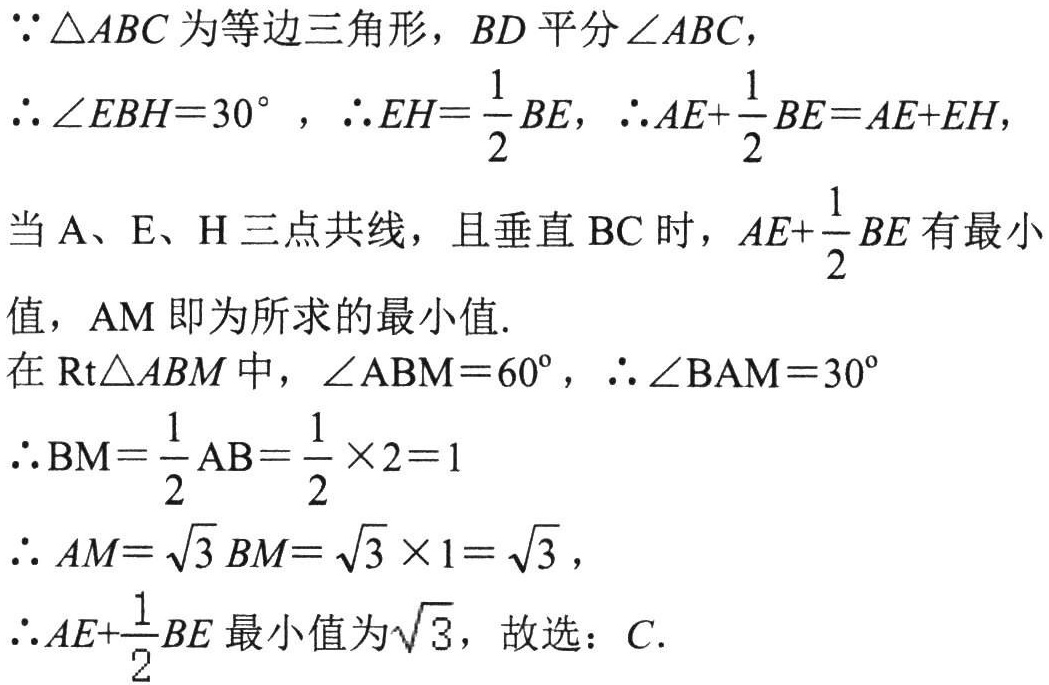
\(\because\triangle ABC\)为等边三角形，\(BD\)平分\(\angle ABC\)，
\(\therefore\angle EBH = 30^{\circ}\)，\(\therefore EH=\dfrac{1}{2}BE\)，\(\therefore AE+\dfrac{1}{2}BE = AE + EH\)，
当\(A、E、H\)三点共线，且垂直\(BC\)时，\(AE+\dfrac{1}{2}BE\)有最小
值，\(AM\)即为所求的最小值.
在\(\text{Rt}\triangle ABM\)中，\(\angle ABM = 60^{\circ}\)，\(\therefore\angle BAM = 30^{\circ}\)
\(\therefore BM=\dfrac{1}{2}AB=\dfrac{1}{2}\times2 = 1\)
\(\therefore AM=\sqrt{3}BM=\sqrt{3}\times1=\sqrt{3}\)，
\(\therefore AE+\dfrac{1}{2}BE\)最小值为\(\sqrt{3}\)，故选：\(C\).